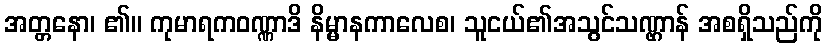
အတ္တနော၊ ၏။ ကုမာရကဝဏ္ဏာဒိ နိမ္မာနကာလေစ၊ သူငယ်၏အသွင်သဏ္ဌာန် အစရှိသည်ကို